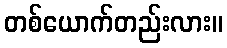
တစ်ယောက်တည်းလား။